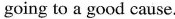
going to a good cause.